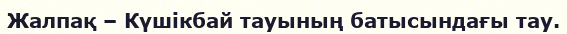
Жалпақ – Күшікбай тауының батысындағы тау.